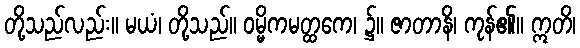
တို့သည်လည်း။ မယံ၊ တို့သည်။ ဝမ္မိကမတ္ထကေ၊ ၌။ ဇာတာနိ၊ ကုန်၏။ ဣတိ၊